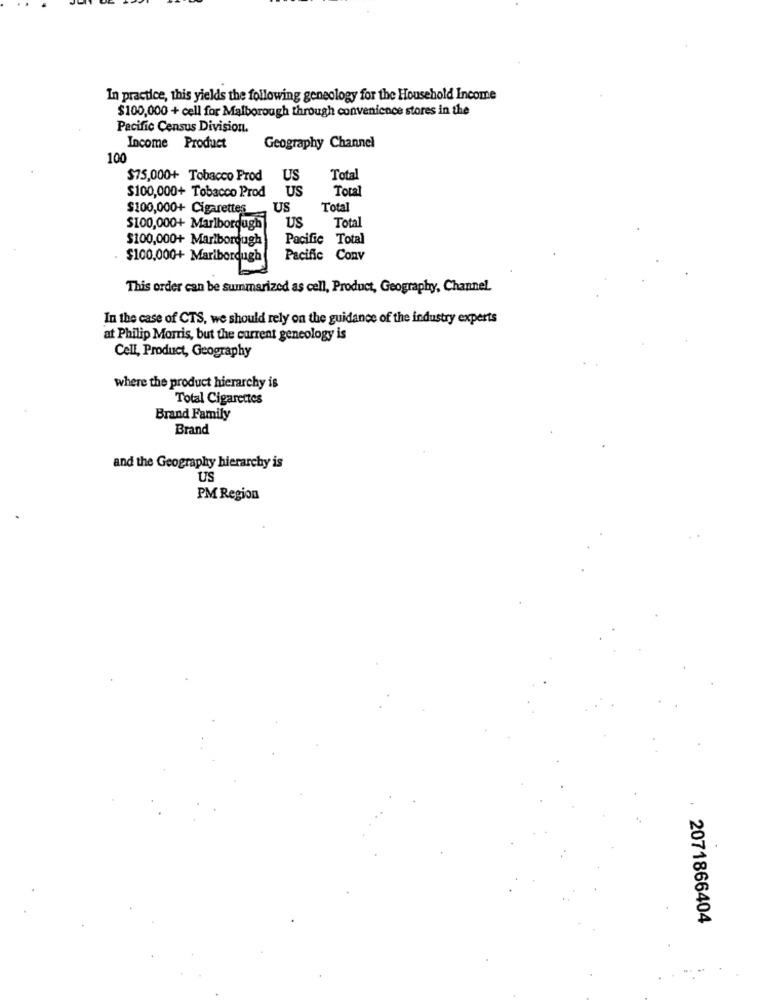
In practice, this yields the following geneology for the Household Income
$100,000 + cell for Malborough through convenience stores in the
Pacific Census Division.
Income Product
Geography Channel
100
$75,000+ Tobacco Prod
US
Total
$100,000+ Tobacco Prod US
Total
$100,000+ Cigarettes
US
Total
Total
$100,000+ Marlborough
US
$100,000+ Marlborough
Pacific
Total
$100.000+ Maribordugh
Pacific Conv
This order can be summarized as cell, Product, Geography, Channel.
In the case of CTS, we should rely on the guidance of the industry experts
at Philip Morris, but the current geneology is
Cell, Product, Geography
where the product hierarchy is
Total Cigarettes
Brand Family
Brand
and the Geography hierarchy is
US
PM Region
: 2071866404